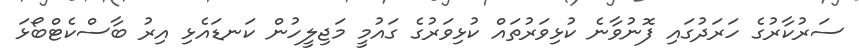
ސަރުކާރުގެ ހަރަދުގައި ފޮނުވާނެ ކުޅިވަރުތައް ކުޅިވަރުގެ ގައުމީ މަޖިލީހުން ކަނޑައެޅި އިރު ބާސްކެޓްބޯޅަ